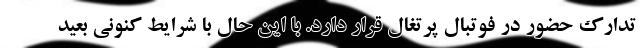
تدارک حضور در فوتبال پرتغال قرار دارد. با این حال با شرایط کنونی بعید